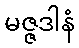
မဇ္ဇဒါနံ